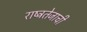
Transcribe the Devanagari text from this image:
राष्ट्रतेजाची